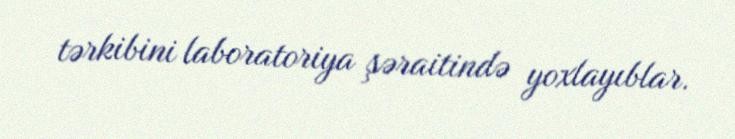
tərkibini laboratoriya şəraitində yoxlayıblar.